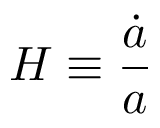
H \equiv { \frac { \dot { a } } { a } }